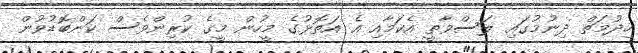
ހިދުމަތް ދިނުމުގައި ލަސްވާތީ އެކަމާއި އެ އަތޮޅުގެ މީހުން މީގެ ކުރިންވެސް ކަންބޮޑުވުން